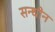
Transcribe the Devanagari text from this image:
सन्धीन